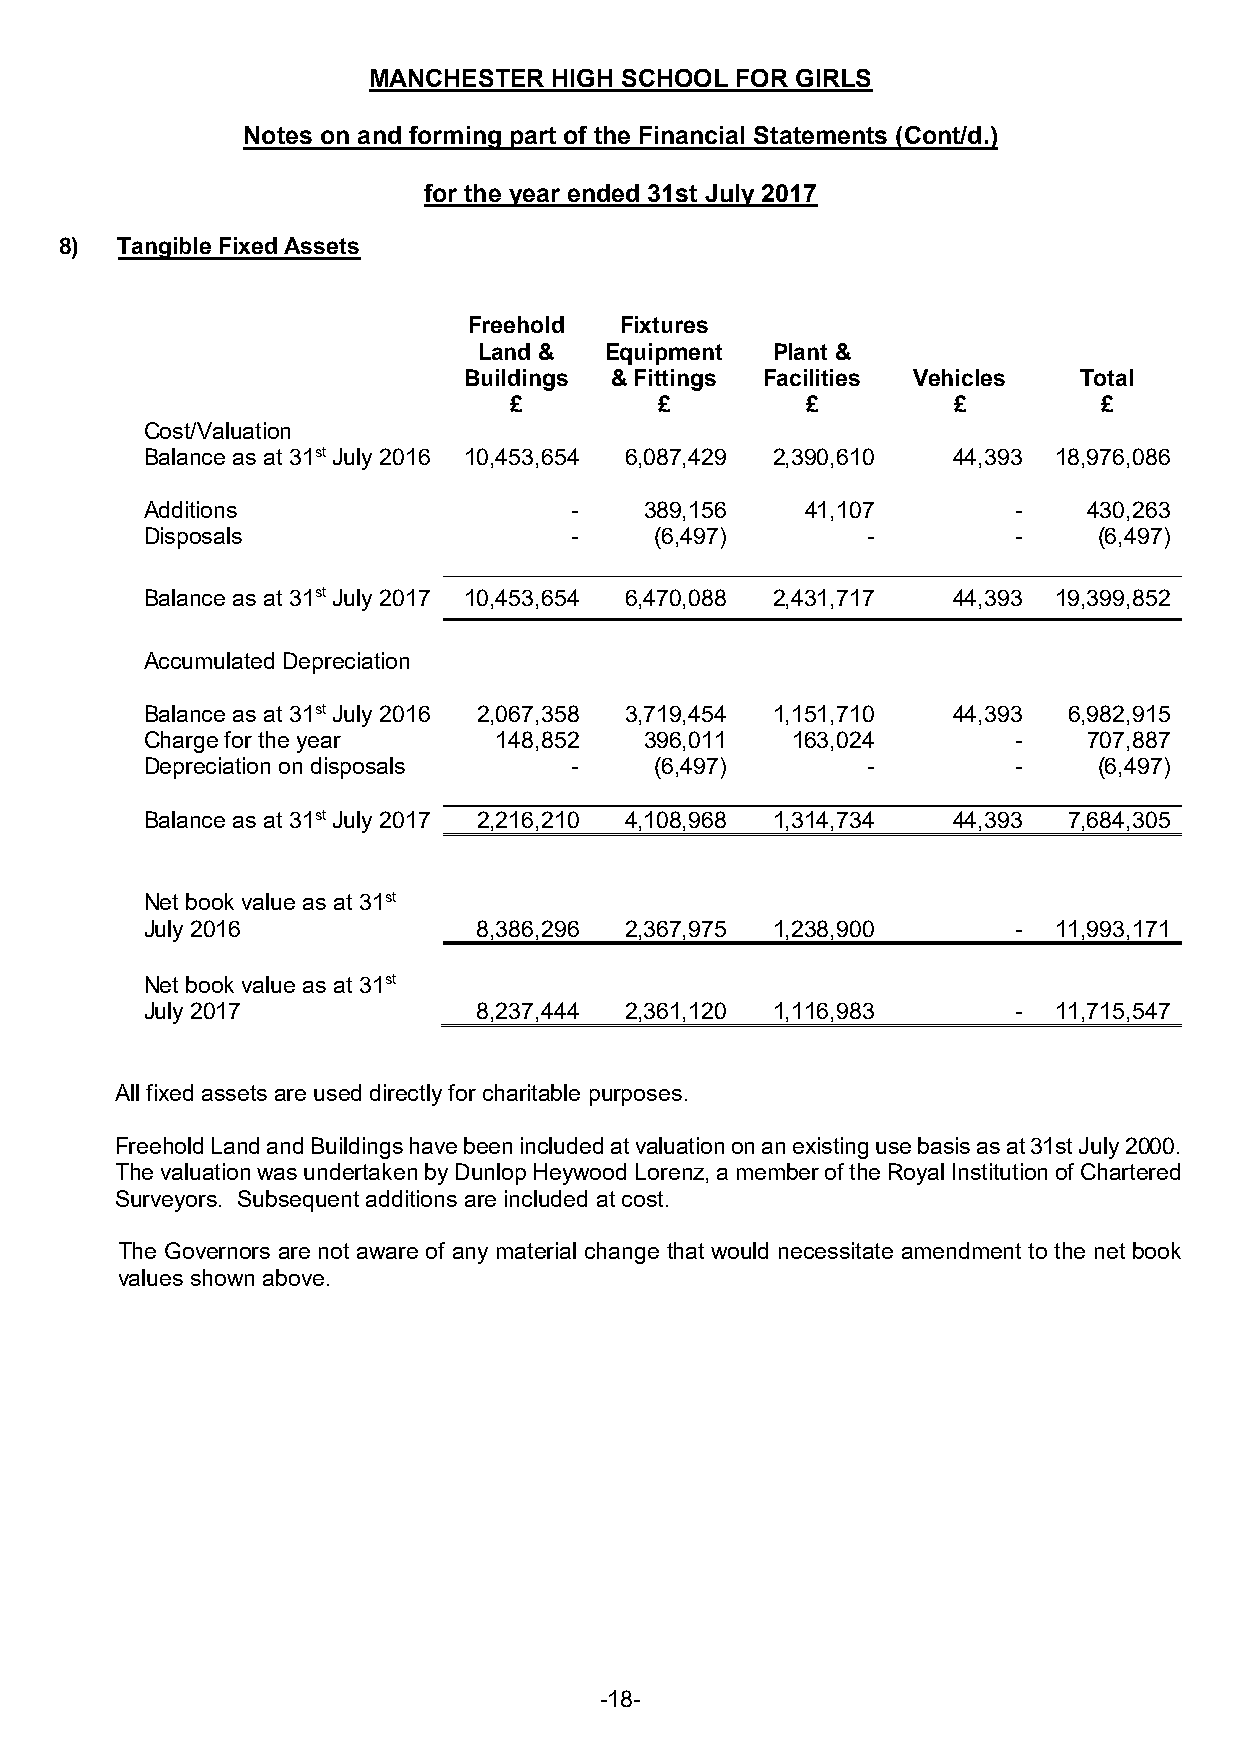
MANCHESTER   HIGH SCHOOL FOR GIRLS
 Notes on and forming part of the Financial Statements (Cont/d.)
 for the year ended 31st July 2017
 8)  Tangible Fixed Assets
 Freehold  Fixtures
 Land &  Equipment  Plant &
 Buildings & Fittings Facilities Vehicles Total
 £         £        £         £         £
 Cost/Valuation
 Balance as at 31st July 2016 10,453,654 6,087,429 2,390,610 44,393 18,976,086
 Additions                   -    389,156   41,107        -    430,263
 Disposals                   -    (6,497)       -         -     (6,497)
 Balance as at 31st July 2017 10,453,654 6,470,088 2,431,717 44,393 19,399,852
 Accumulated Depreciation
 Balance as at 31st July 2016 2,067,358 3,719,454 1,151,710 44,393 6,982,915
 Charge for the year    148,852   396,011  163,024        -    707,887
 Depreciation on disposals   -    (6,497)       -         -     (6,497)
 Balance as at 31st July 2017 2,216,210 4,108,968 1,314,734 44,393 7,684,305
 Net book value as at 31st
 July 2016             8,386,296 2,367,975 1,238,900      -  11,993,171
 Net book value as at 31st
 July 2017             8,237,444 2,361,120 1,116,983      -  11,715,547
 All fixed assets are used directly for charitable purposes.
 Freehold Land and Buildings have been included at valuation on an existing use basis as at 31st July 2000.
 The valuation was undertaken by Dunlop Heywood Lorenz, a member of the Royal Institution of Chartered
 Surveyors. Subsequent additions are included at cost.
 The Governors are not aware of any material change that would necessitate amendment to the net book
 values shown above.
 -18-